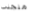
منجذب